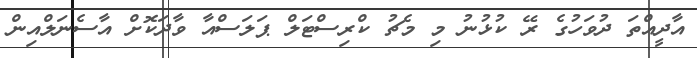
އާދީއްތަ ދުވަހުގެ ރޭ ކުޅުނު މި މެޗު ކްރިސްޓަލް ޕަލަސްއާ ވާދަކޮށް އާސެނަލްއިން